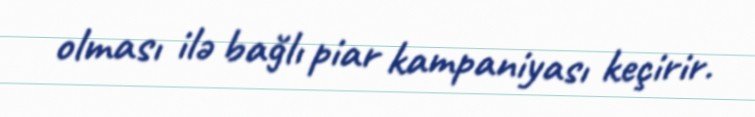
olması ilə bağlı piar kampaniyası keçirir.